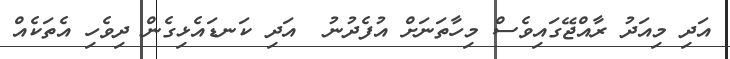
އަދި މިއަދު ރާއްޖޭގައިވެސް މިހާތަނަށް އުފެދުނު  އަދި ކަނޑައެޅިގެން ދިވެހި އެތަކެއް